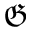
\mathfrak { G }